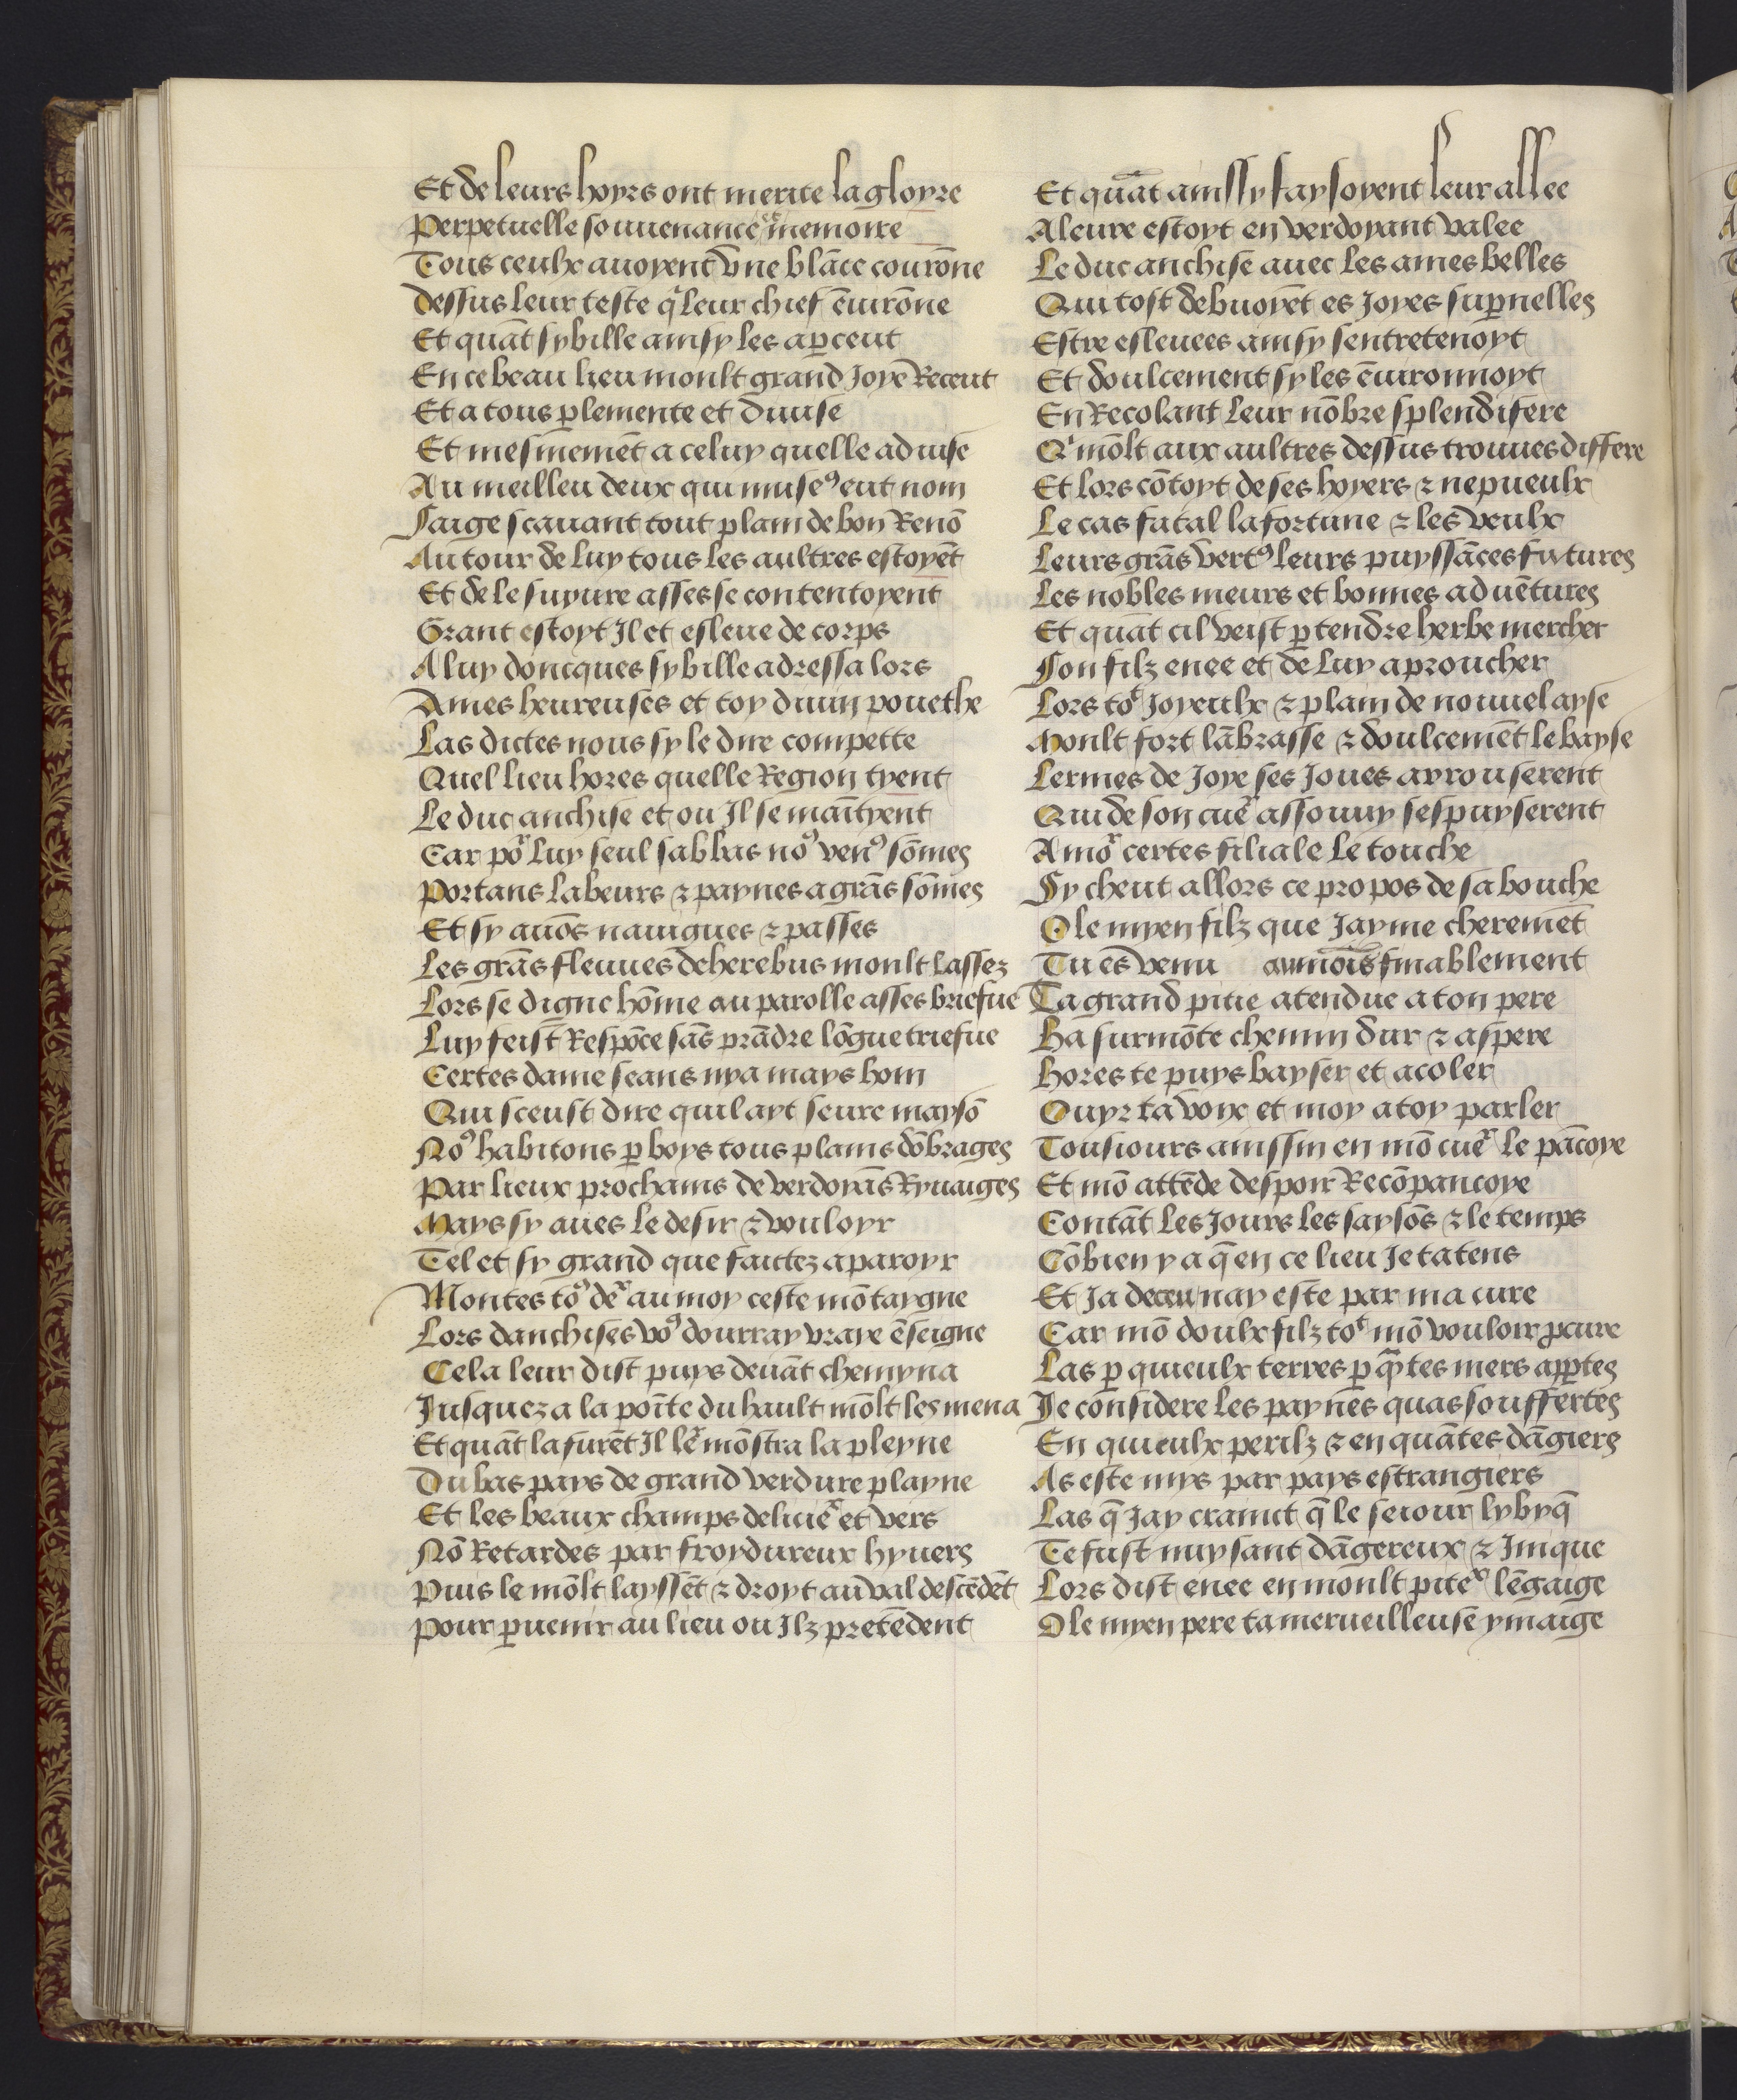
Shelfmark: Philadelphia, University of Pennsylvania, codex 909
Century: 15